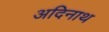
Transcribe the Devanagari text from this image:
अदिनाथ